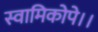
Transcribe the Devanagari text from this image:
स्वामिकोपे।।